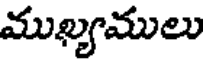
ముఖ్యములు